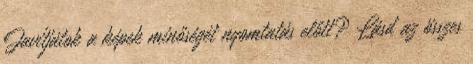
Javítjátok a képek minőségét nyomtatás előtt? Lásd az összes